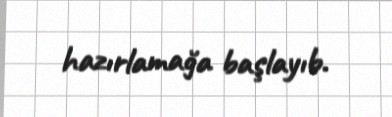
hazırlamağa başlayıb.